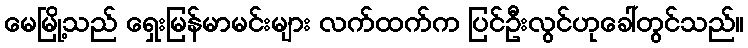
မေမြို့သည် ရှေးမြန်မာမင်းများ လက်ထက်က ပြင်ဦးလွင်ဟုခေါ်တွင်သည်။